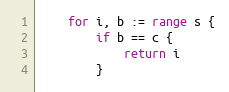
Language: Go
	for i, b := range s {
		if b == c {
			return i
		}